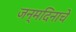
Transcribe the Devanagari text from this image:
जन्‍मदिनाचे